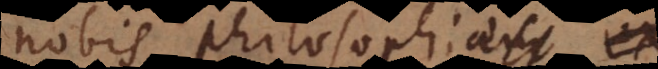
nobis philosophiam ex